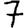
Digit: 7